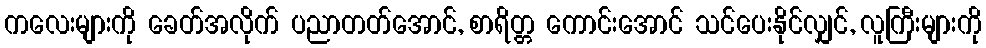
ကလေးများကို ခေတ်အလိုက် ပညာတတ်အောင်, စာရိတ္တ ကောင်းအောင် သင်ပေးနိုင်လျှင်, လူကြီးများကို